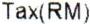
TAX (RM)